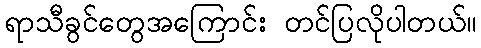
ရာသီခွင်တွေအကြောင်း တင်ပြလိုပါတယ်။